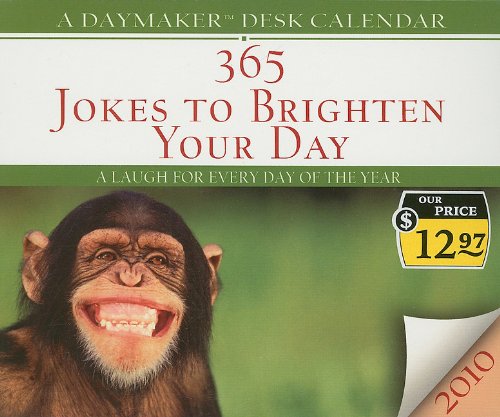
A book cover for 365 Jokes to Brighten Your Day Daymaker Desk Calendar: A Laugh for Every Day of the Year (Daymaker Desk Calendars); Calendars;